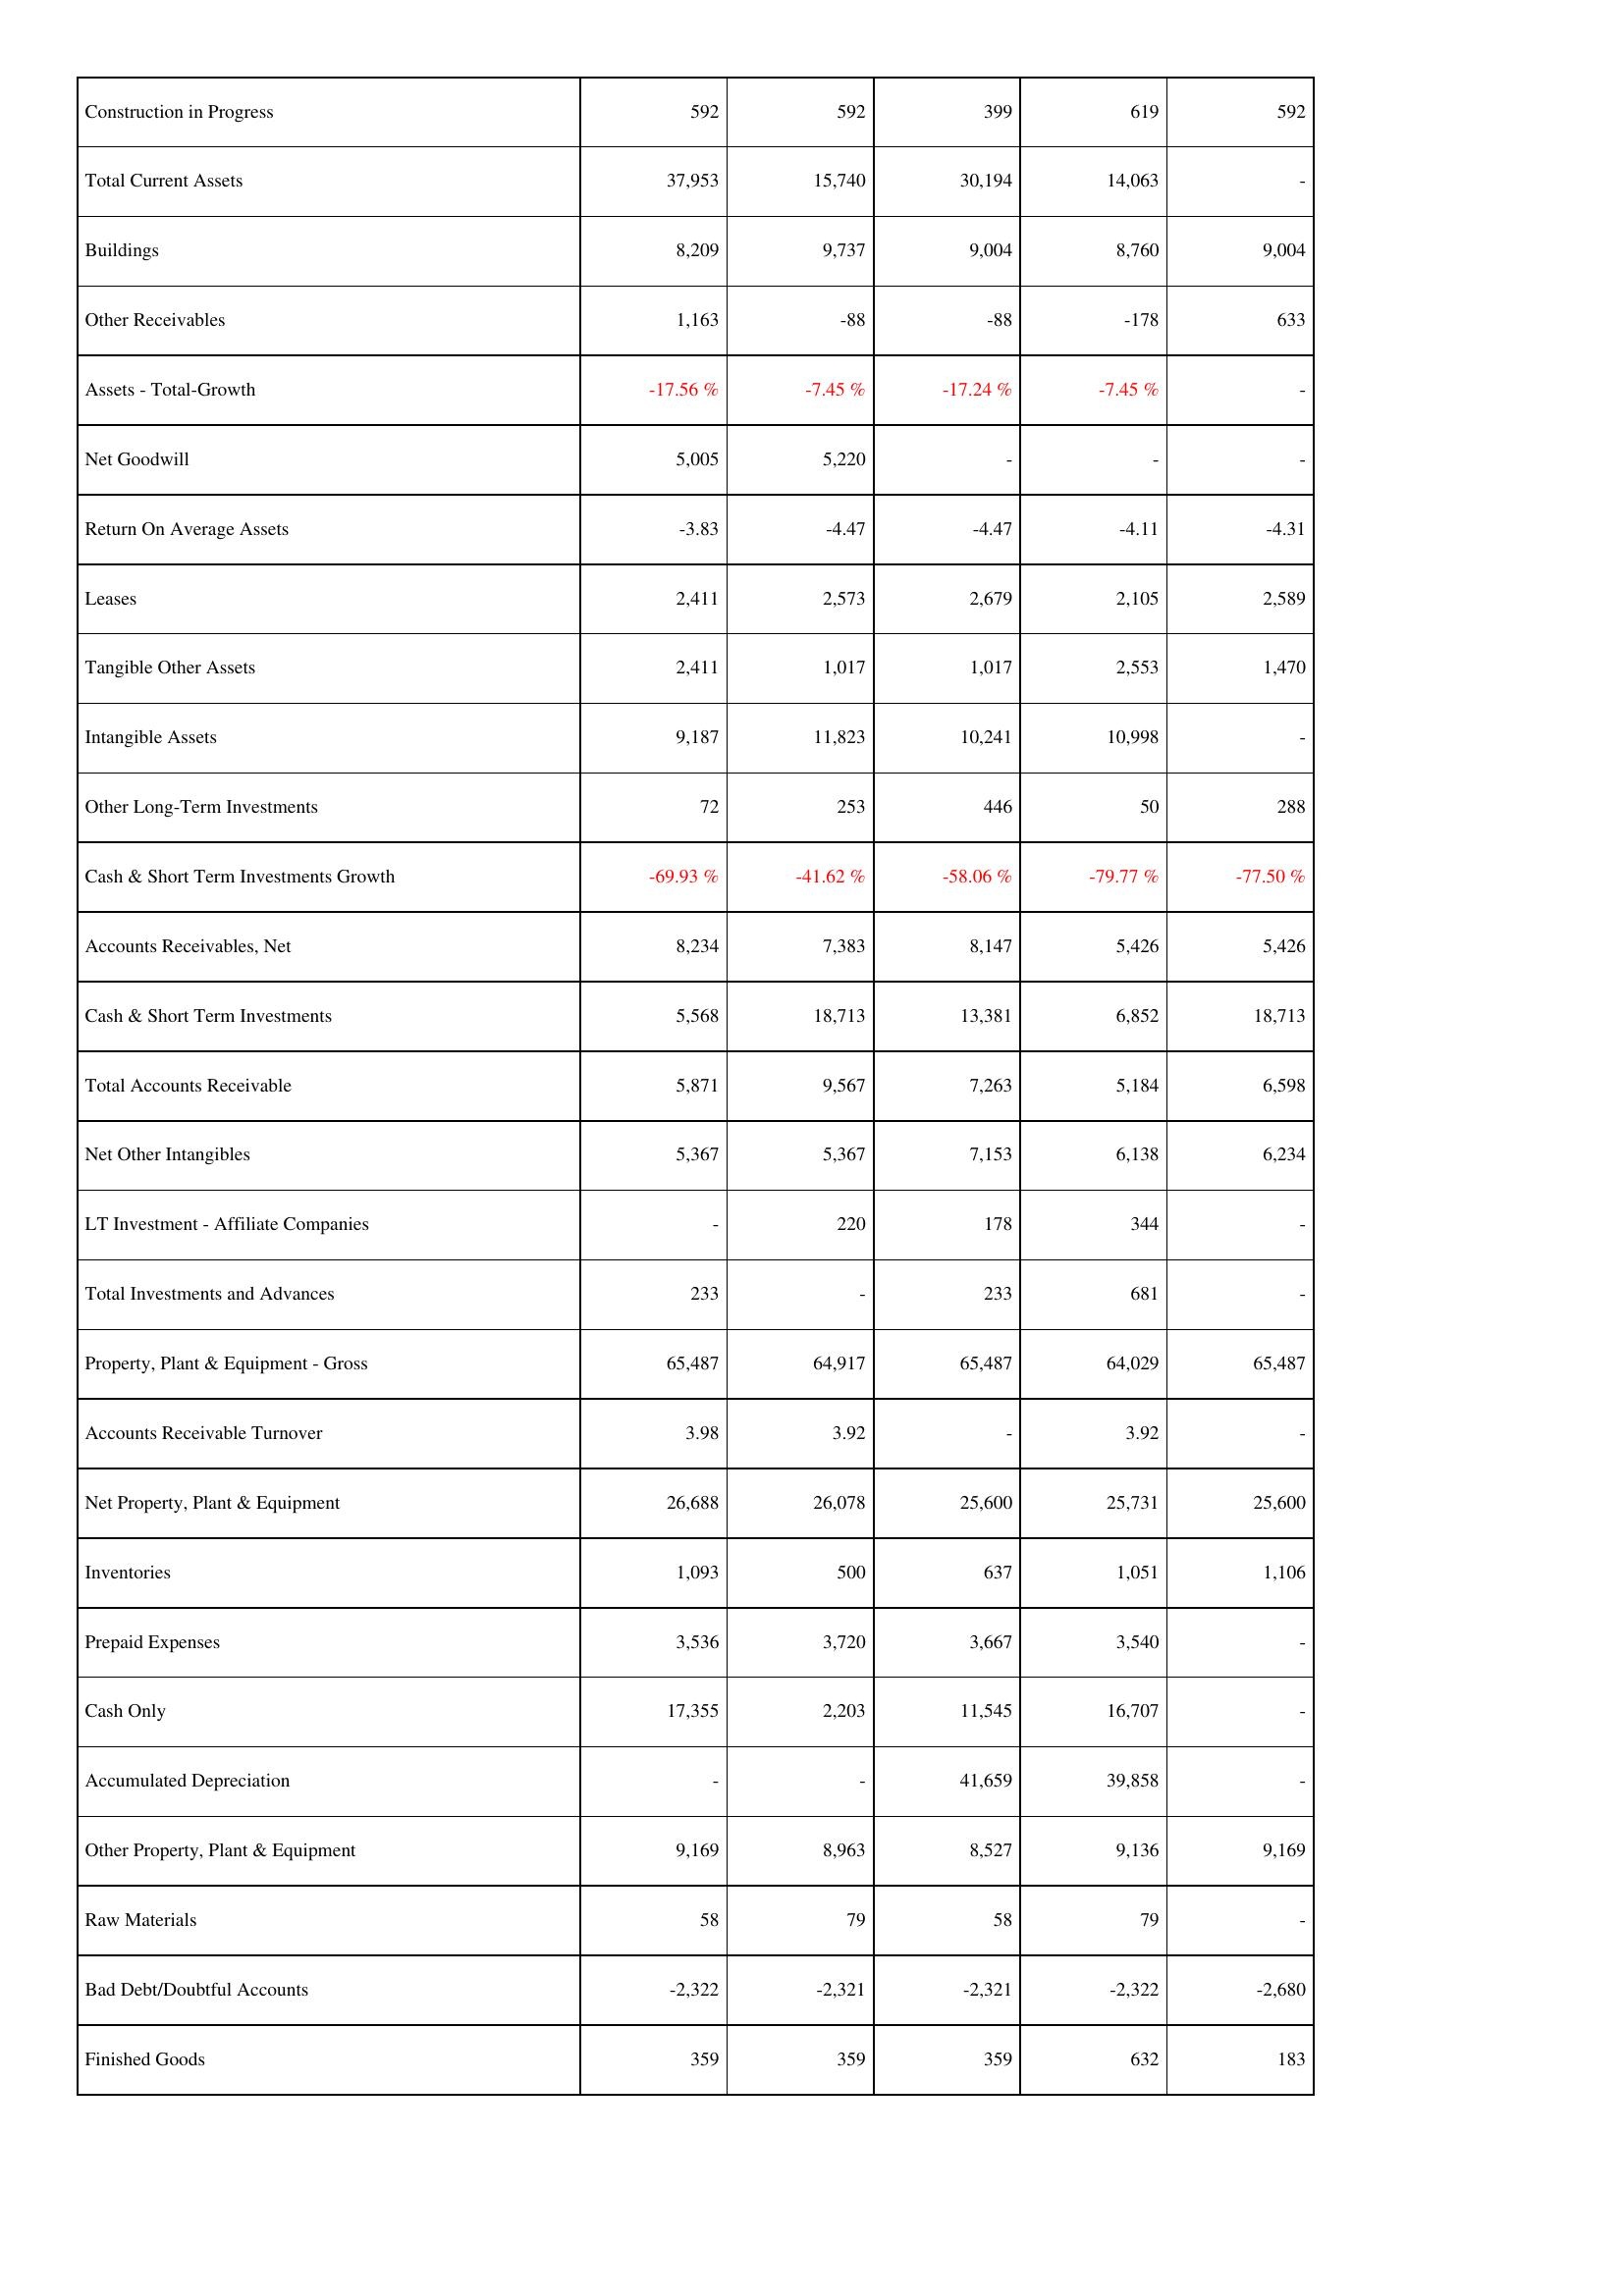
2010: Assets: Construction in Progress: 592
Total Current Assets: 37,953
Buildings: 8,209
Other Receivables: 1,163
Assets - Total-Growth: -17.56 %
Net Goodwill: 5,005
Return On Average Assets: -3.83
Leases: 2,411
Tangible Other Assets: 2,411
Intangible Assets: 9,187
Other Long-Term Investments: 72
Cash & Short Term Investments Growth: -69.93 %
Accounts Receivables, Net: 8,234
Cash & Short Term Investments: 5,568
Total Accounts Receivable: 5,871
Net Other Intangibles: 5,367
LT Investment - Affiliate Companies: -
Total Investments and Advances: 233
Property, Plant & Equipment - Gross: 65,487
Accounts Receivable Turnover: 3.98
Net Property, Plant & Equipment: 26,688
Inventories: 1,093
Prepaid Expenses: 3,536
Cash Only: 17,355
Accumulated Depreciation: -
Other Property, Plant & Equipment: 9,169
Raw Materials: 58
Bad Debt/Doubtful Accounts: -2,322
Finished Goods: 359
2009: Assets: Construction in Progress: 592
Total Current Assets: 15,740
Buildings: 9,737
Other Receivables: -88
Assets - Total-Growth: -7.45 %
Net Goodwill: 5,220
Return On Average Assets: -4.47
Leases: 2,573
Tangible Other Assets: 1,017
Intangible Assets: 11,823
Other Long-Term Investments: 253
Cash & Short Term Investments Growth: -41.62 %
Accounts Receivables, Net: 7,383
Cash & Short Term Investments: 18,713
Total Accounts Receivable: 9,567
Net Other Intangibles: 5,367
LT Investment - Affiliate Companies: 220
Total Investments and Advances: -
Property, Plant & Equipment - Gross: 64,917
Accounts Receivable Turnover: 3.92
Net Property, Plant & Equipment: 26,078
Inventories: 500
Prepaid Expenses: 3,720
Cash Only: 2,203
Accumulated Depreciation: -
Other Property, Plant & Equipment: 8,963
Raw Materials: 79
Bad Debt/Doubtful Accounts: -2,321
Finished Goods: 359
2008: Assets: Construction in Progress: 399
Total Current Assets: 30,194
Buildings: 9,004
Other Receivables: -88
Assets - Total-Growth: -17.24 %
Net Goodwill: -
Return On Average Assets: -4.47
Leases: 2,679
Tangible Other Assets: 1,017
Intangible Assets: 10,241
Other Long-Term Investments: 446
Cash & Short Term Investments Growth: -58.06 %
Accounts Receivables, Net: 8,147
Cash & Short Term Investments: 13,381
Total Accounts Receivable: 7,263
Net Other Intangibles: 7,153
LT Investment - Affiliate Companies: 178
Total Investments and Advances: 233
Property, Plant & Equipment - Gross: 65,487
Accounts Receivable Turnover: -
Net Property, Plant & Equipment: 25,600
Inventories: 637
Prepaid Expenses: 3,667
Cash Only: 11,545
Accumulated Depreciation: 41,659
Other Property, Plant & Equipment: 8,527
Raw Materials: 58
Bad Debt/Doubtful Accounts: -2,321
Finished Goods: 359
2007: Assets: Construction in Progress: 619
Total Current Assets: 14,063
Buildings: 8,760
Other Receivables: -178
Assets - Total-Growth: -7.45 %
Net Goodwill: -
Return On Average Assets: -4.11
Leases: 2,105
Tangible Other Assets: 2,553
Intangible Assets: 10,998
Other Long-Term Investments: 50
Cash & Short Term Investments Growth: -79.77 %
Accounts Receivables, Net: 5,426
Cash & Short Term Investments: 6,852
Total Accounts Receivable: 5,184
Net Other Intangibles: 6,138
LT Investment - Affiliate Companies: 344
Total Investments and Advances: 681
Property, Plant & Equipment - Gross: 64,029
Accounts Receivable Turnover: 3.92
Net Property, Plant & Equipment: 25,731
Inventories: 1,051
Prepaid Expenses: 3,540
Cash Only: 16,707
Accumulated Depreciation: 39,858
Other Property, Plant & Equipment: 9,136
Raw Materials: 79
Bad Debt/Doubtful Accounts: -2,322
Finished Goods: 632
2006: Assets: Construction in Progress: 592
Total Current Assets: -
Buildings: 9,004
Other Receivables: 633
Assets - Total-Growth: -
Net Goodwill: -
Return On Average Assets: -4.31
Leases: 2,589
Tangible Other Assets: 1,470
Intangible Assets: -
Other Long-Term Investments: 288
Cash & Short Term Investments Growth: -77.50 %
Accounts Receivables, Net: 5,426
Cash & Short Term Investments: 18,713
Total Accounts Receivable: 6,598
Net Other Intangibles: 6,234
LT Investment - Affiliate Companies: -
Total Investments and Advances: -
Property, Plant & Equipment - Gross: 65,487
Accounts Receivable Turnover: -
Net Property, Plant & Equipment: 25,600
Inventories: 1,106
Prepaid Expenses: -
Cash Only: -
Accumulated Depreciation: -
Other Property, Plant & Equipment: 9,169
Raw Materials: -
Bad Debt/Doubtful Accounts: -2,680
Finished Goods: 183